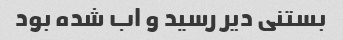
بستنی دیر رسید و اب شده بود